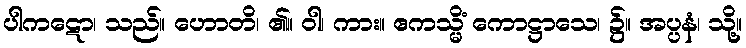
ပါကဋော၊ သည်။ ဟောတိ၊ ၏။ ဝါ၊ ကား။ ဧကသ္မိံ ကောဋ္ဌာသေ၊ ၌။ အပ္ပနံ၊ သို့။